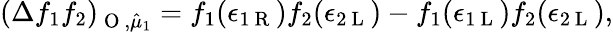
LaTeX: (\Delta f_{1}f_{2})_{\mathrm{~O~},\hat{\mu}_{1}}=f_{1}(\epsilon_{1\mathrm{~R~}})f_{2}(\epsilon_{2\mathrm{~L~}})-f_{1}(\epsilon_{1\mathrm{~L~}})f_{2}(\epsilon_{2\mathrm{~L~}}),